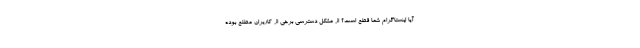
آیا اینستاگرام شما قطع است؟ از مشکل دسترسی برخی از کاربران مطلع بوده